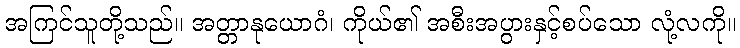
အကြင်သူတို့သည်။ အတ္တာနုယောဂံ၊ ကိုယ်၏ အစီးအပွားနှင့်စပ်သော လုံ့လကို။